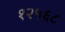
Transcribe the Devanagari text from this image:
१२५६८